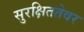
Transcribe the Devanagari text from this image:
सुरक्षिततेवर